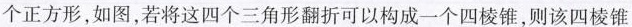
个正方形，如图，若将这四个三角形翻折可以构成一个四棱锥，则该四棱锥